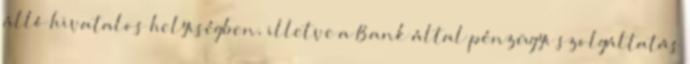
álló hivatalos helyiségben, illetve a Bank által pénzügyi szolgáltatás